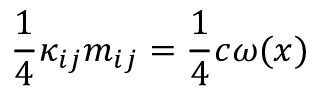
\frac 1 4 \kappa _ { i j } m _ { i j } = \frac 1 4 c \omega ( x )